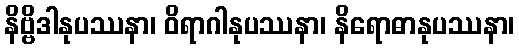
နိဗ္ဗိဒါနုပဿနာ၊ ဝိရာဂါနုပဿနာ၊ နိရောဓာနုပဿနာ၊